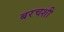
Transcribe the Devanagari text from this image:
बरचशी